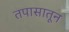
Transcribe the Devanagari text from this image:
तपासातून